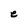
Character: e